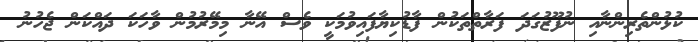
ކުޅުންތެރިންނާއި ނުފޫޒުގަދަ ފަރާތްތަކުން ފާޑުކިޔާފައިވުމަކީ ވެސް އޭނާ މިމޭރުމުން ވާހަކަ ދައްކަން ޖެހުނު